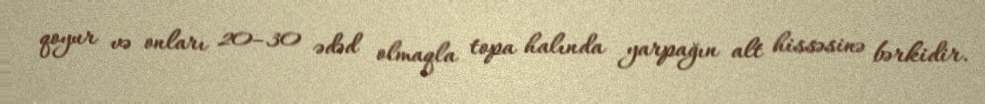
qoyur və onları 20–30 ədəd olmaqla topa halında yarpağın alt hissəsinə bərkidir.